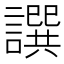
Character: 譔